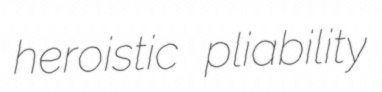
heroistic pliability